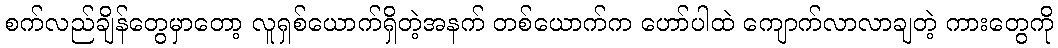
စက်လည်ချိန်တွေမှာတော့ လူရှစ်ယောက်ရှိတဲ့အနက် တစ်ယောက်က ဟော်ပါထဲ ကျောက်လာလာချတဲ့ ကားတွေကို